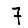
Digit: 7